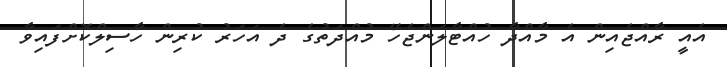
އެއީ ރާއްޖެއިން އެ މާއްދާ ހުއްޓާލަންޖެހޭ މުއްދަތުގެ ދެ އަހަރު ކުރިން ހާސިލްކޮށްފައިވާ